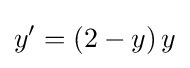
y'=\left(2-y\right)y